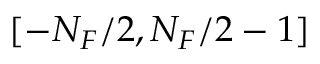
[ - N _ { F } / 2 , N _ { F } / 2 - 1 ]